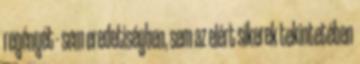
regényét - sem eredetiségben, sem az elért sikerek tekintetében